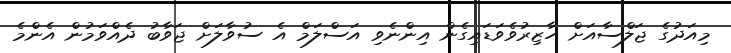
މިއަދުގެ ޖަލްސާއަށް ހާޒިރުވެވަޑައިގެން އިންނެވި އަސްލަމް އެ ސުވާލަށް ޖަވާބު ދެއްވަމުން އެންމެ